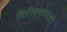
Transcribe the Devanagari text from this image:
निरीक्षणांशी